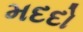
મદદો